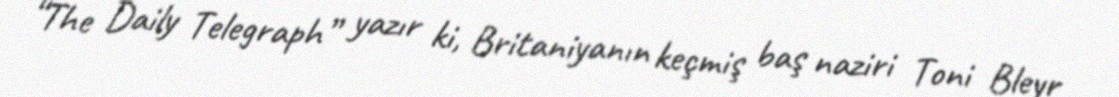
“The Daily Telegraph” yazır ki, Britaniyanın keçmiş baş naziri Toni Bleyr